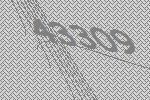
43309